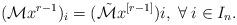
LaTeX: \begin{align*} (\mathcal{M}x^{r-1})_i =(\Tilde{\mathcal{M}}x^{[r-1]})i, \; \forall \; i\in I_n.\end{align*}